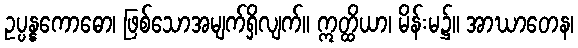
ဥပ္ပန္နကောဓော၊ ဖြစ်သောအမျက်ရှိလျက်။ ဣတ္ထိယာ၊ မိန်းမ၌။ အာဃာတေန၊